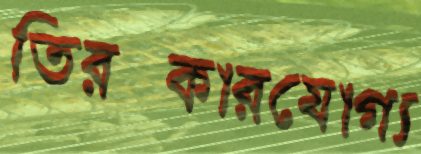
তিরস্কারযোগ্য